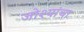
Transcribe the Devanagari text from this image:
जोश्यांचा